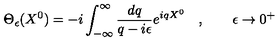
\Theta _ { \epsilon } ( X ^ { 0 } ) = - i \int _ { - \infty } ^ { \infty } \frac { d q } { q - i \epsilon } e ^ { i q X ^ { 0 } } \quad , \qquad \epsilon \rightarrow 0 ^ { + }